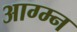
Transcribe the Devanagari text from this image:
आग्म्न